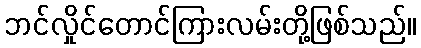
ဘင်လှိုင်တောင်ကြားလမ်းတို့ဖြစ်သည်။